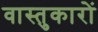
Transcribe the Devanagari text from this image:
वास्‍तुकारों